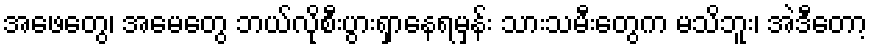
အဖေတွေ၊ အမေတွေ ဘယ်လိုစီးပွားရှာနေရမှန်း သားသမီးတွေက မသိဘူး၊ အဲဒီတော့